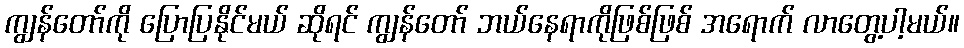
ကျွန်တော်ကို ပြောပြနိုင်မယ် ဆိုရင် ကျွန်တော် ဘယ်နေရာကိုဖြစ်ဖြစ် အရောက် လာတွေ့ပါ့မယ်။